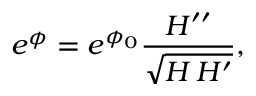
e ^ { \phi } = e ^ { \phi _ { 0 } } \frac { H ^ { \prime \prime } } { \sqrt { H \, H ^ { \prime } } } ,